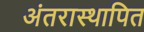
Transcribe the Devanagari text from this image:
अंतरास्थापित